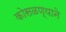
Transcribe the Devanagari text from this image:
कोसळण्याने